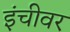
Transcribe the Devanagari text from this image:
इंचीवर